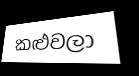
කළුවලා